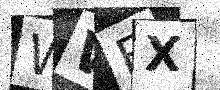
Text: WWEX